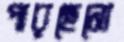
পারছেনো